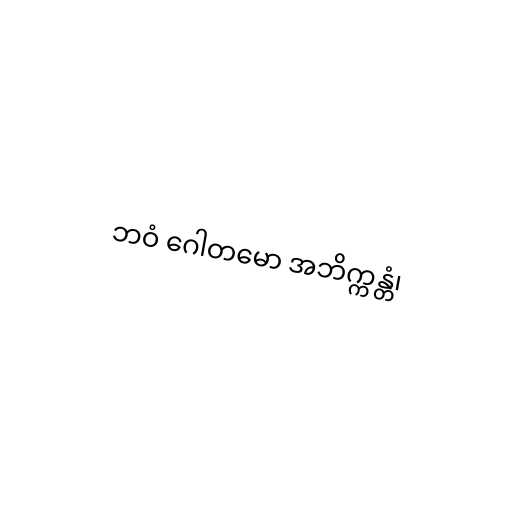
ဘဝံ ဂေါတမော အဘိက္ကန္တံ၊